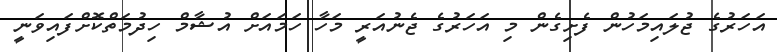
އަހަރުގެ ޖުލައިމަހުން ފެށިގެން މި އަހަރުގެ ޖެނުއަރީ މަހާ ހަމައަށް އުޝާމް ހިދުމަތްކޮށްފައިވަނީ